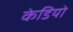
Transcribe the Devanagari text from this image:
केडियो